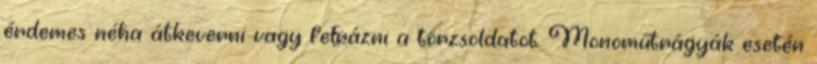
érdemes néha átkeverni vagy felrázni a törzsoldatot. Monoműtrágyák esetén